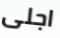
اجلى